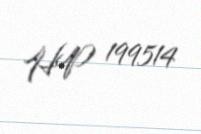
HP 199514